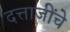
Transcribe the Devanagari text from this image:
दत्ताजींचे